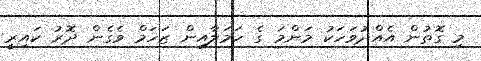
މި ގޮތުން އެއްދުވަހަކު މަންމަ ގެ ހަމަލާއިން ޒަހަމް ވެގެން ދޮރު ކައިރީ